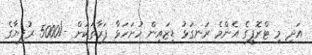
އަދި މި ޓްރޮފީގެ އެންމެ ރަނގަޅު ޑިޒައިން ހުށަހަޅާ ފަރާތަކަށް -/5000 ރުފިޔާގެ